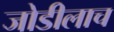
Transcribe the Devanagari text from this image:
जोडीलाच